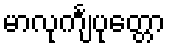
မာလုင်္ကျပုတ္တော